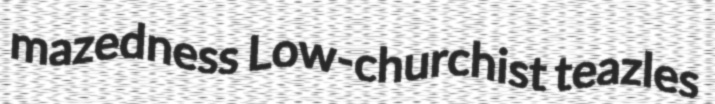
mazedness Low-churchist teazles